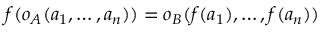
f ( o _ { A } ( a _ { 1 } , \dots , a _ { n } ) ) = o _ { B } ( f ( a _ { 1 } ) , \dots , f ( a _ { n } ) )